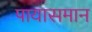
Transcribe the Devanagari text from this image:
पायासमान